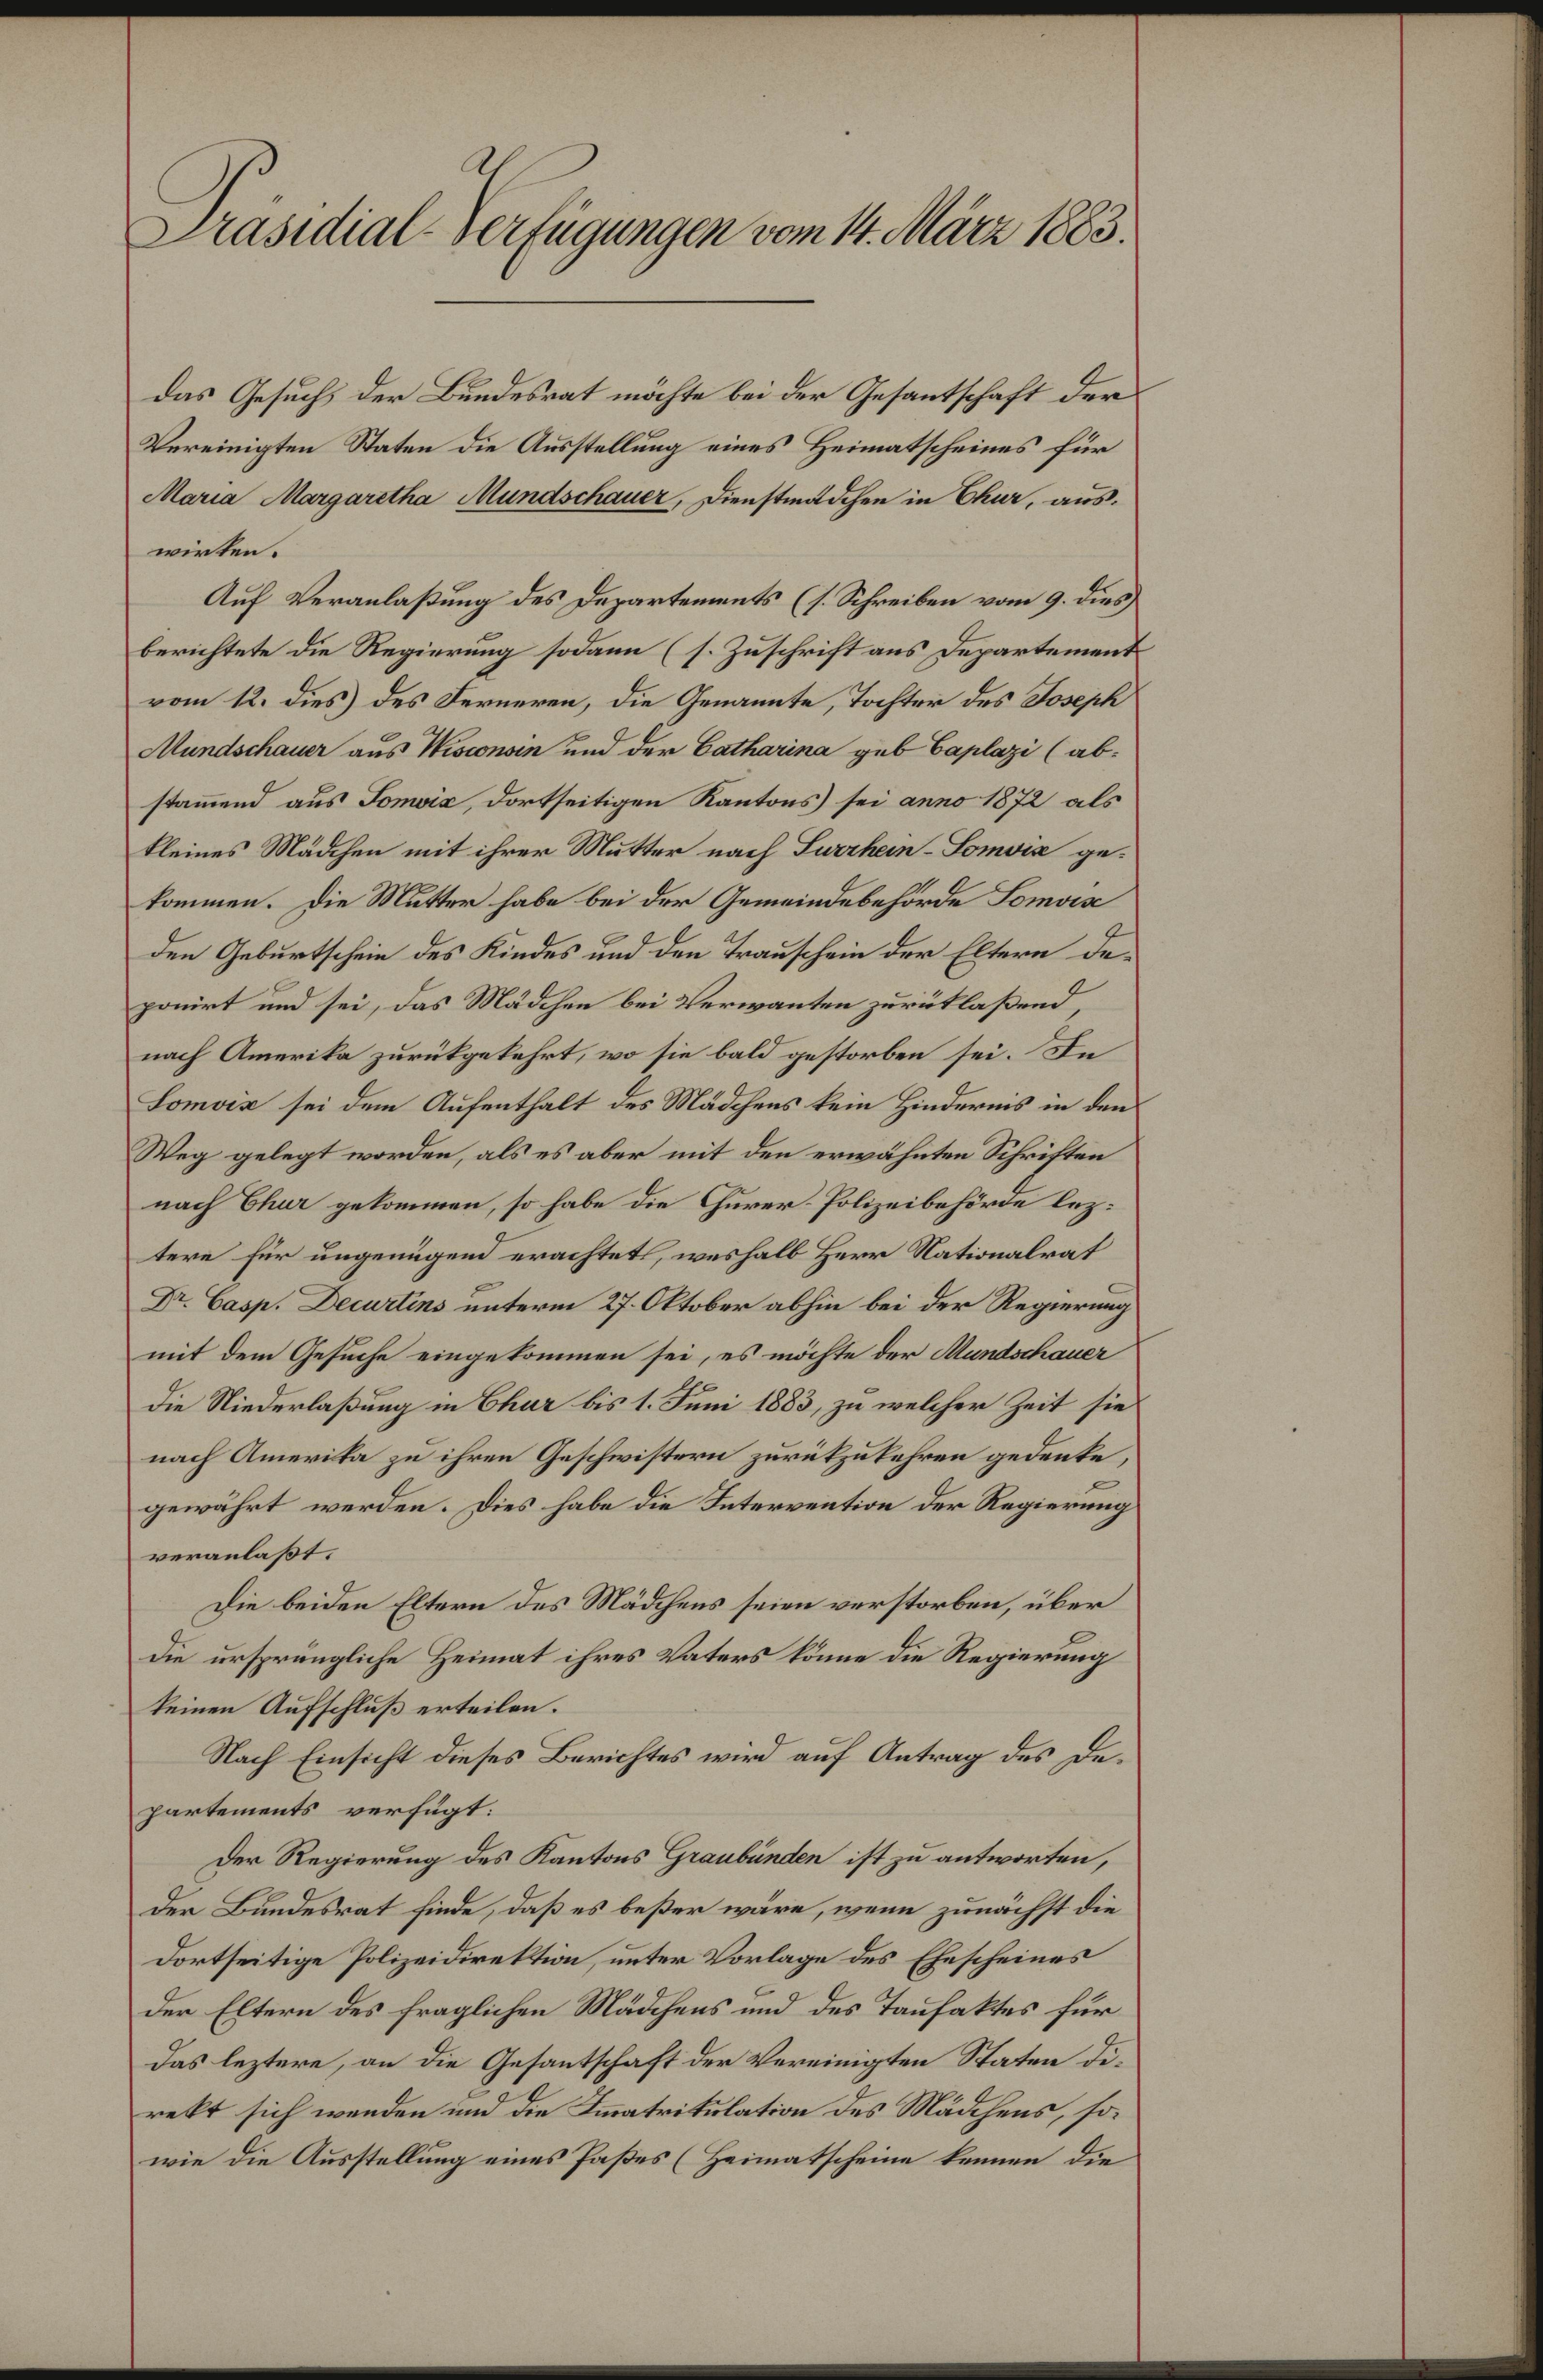
A.
Präsidial-Verfügungen vom 14. März 1883.

das Gesuch der Bundesrat möchte bei der Gesantschaft der
Vereinigten Staten die Ausstellung eines Heimatscheines für
Maria Margaretha Mundschauer, Dienstmädchen in Chur, aus.
wirken.
Auf Veranlaßung des Departements (s. Schreiben vom 9. dies
berichtete die Regierung sodann (s. Zuschrift aus Departement
vom 12. dies des Ferneren, die Genannte, Tochter des Joseph
Mundschauer aus Wisconsen und der Catharina geb Caplazi (ab-
stammend aus Somvić, dortseitigen Kantons sei anno 1872 als
kleines Mädchen mit ihrer Mutter nach Surrhein-Somvić gekommen. Die Mutter habe bei der Gemeindebehörde Somvis
den Geburtschein des Kindes und den Trauschein der Eltern deponirt und sei, das Mädchen bei Verwanten zurücklaßend
nach Amerika zurückgekehrt, wo sie bald gestorben sei. In
Lomviz sei dem Aufenthalt des Mädchens kein Hindernis in den
Weg gelegt worden, als es aber mit den erwähnten Schriften
nach Chur gekommen, so habe die Churer-Polizeibehörde leztere für ungenügend erachtet, weshalb Herr Nationalrat
Dr. Casp. Decurtins unterm 27. Oktober abhin bei der Regierung
mit dem Gesuche eingekommen sei, es möchte der Mundschauer
die Niederlaßung in Chur bis 1. Juni 1883, zu welcher Zeit sie
nach Amerika zu ihren Geschwistern zurückzukehren gedenke,
gewährt werden. Dies habe die Intervention der Regierung
veranlaßt.
Die beiden Eltern des Mädchens seien verstorben, über
die ursprüngliche Heimat ihres Vaters könne die Regierung
keinen Aufschluß erteilen.
Nach Einsicht dieses Berichtes wird auf Antrag des Departements verfügt:
Der Regierung des Kantons Graubünden ist zu antworten,
Der Bundesrat finde, daß es beßer wäre, wenn zunächst die
dortseitige Polizeidirektion, unter Vorlage des Ehescheines
der Eltern des fraglichen Mädchens und des Taufaktes für
das leztere, an die Gesantschaft der Vereinigten Staten Direkt sich wenden und die Immatrikulation des Mädchens, sowie die Ausstellung eines Paßes (Heimatscheine kennen, die